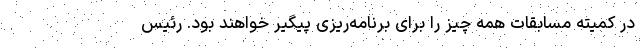
در کمیته مسابقات همه چیز را برای برنامه‌ریزی پیگیر خواهند بود. رئیس